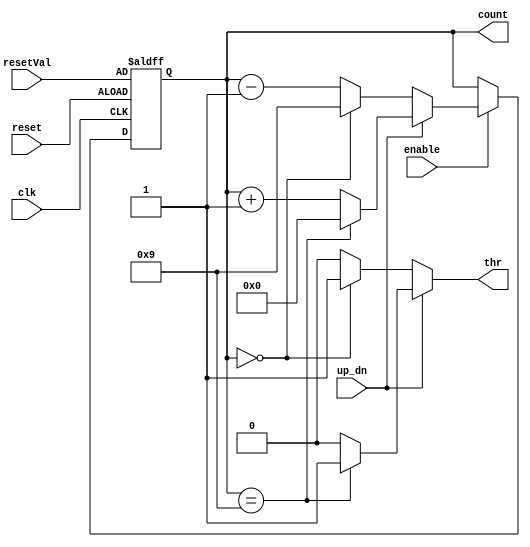
`timescale 1ns / 1ps
//////////////////////////////////////////////////////////////////////////////////
// Company: 
// Engineer: 
// 
// Design Name: 
// Module Name: down_counter
// Project Name: 
// Target Devices: 
// Tool Versions: 
// Description: 
// 
// Dependencies: 
// 
// Revision:
// Revision 0.01 - File Created
// Additional Comments:
// 
//////////////////////////////////////////////////////////////////////////////////


module down_counter #(parameter maxVal=4'd9)(
    input clk,
    input enable,
    input reset,
    input up_dn,
    input [3:0]resetVal,
    output reg [3:0]count=0,
    output reg thr
    );
    
    always@(posedge clk or posedge reset)begin
        
        
        
        if(reset)begin
        //Sets initial value of the count on the displays
            count <= resetVal;
            
        end
        
        else if(enable)begin
        
            if(up_dn) //If counting up
            begin
                if(count==maxVal)begin
                    count<=4'd0;
                end
                else begin
                    count<=count+1;
                end
                
            end
            else begin //If counting down
                if(count==4'd0)begin
                    count<=maxVal;
                end
                else
                begin
                    count<=count-1;
                end
                
            end 
        end    
    
    end
    
    
    always@(count or up_dn)begin
    
        if(up_dn) begin //If counting up
             if(count==maxVal)
               begin
                   thr=1;
               end
               else
               begin
                   thr=0;
               end
        end
        else begin //If counting down
            if(count==4'd0)
            begin
                thr=1;
            end
            else
            begin
                thr=0;
            end
        end
    
    end
    
    
    
endmodule